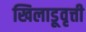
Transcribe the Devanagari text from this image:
खिलाडूवृत्ती